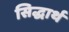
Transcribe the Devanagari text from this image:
सिद्धार्थ